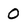
Character: O